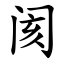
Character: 阂